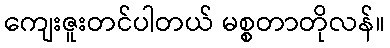
ကျေးဇူးတင်ပါတယ် မစ္စတာတိုလန်။